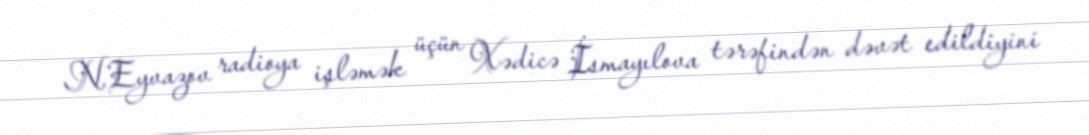
N.Eyvazov radioya işləmək üçün Xədicə İsmayılova tərəfindən dəvət edildiyini